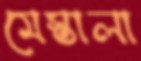
মেস্তালা